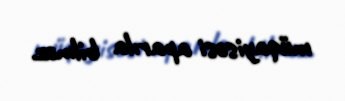
müqayisəsi aparıla bilməz.